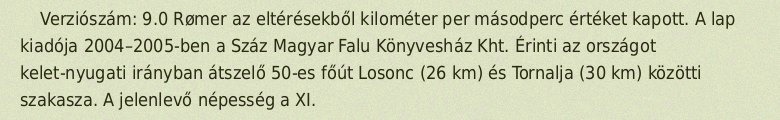
Verziószám: 9.0 Rømer az eltérésekből kilométer per másodperc értéket kapott. A lap kiadója 2004–2005-ben a Száz Magyar Falu Könyvesház Kht. Érinti az országot kelet-nyugati irányban átszelő 50-es főút Losonc (26 km) és Tornalja (30 km) közötti szakasza. A jelenlevő népesség a XI.